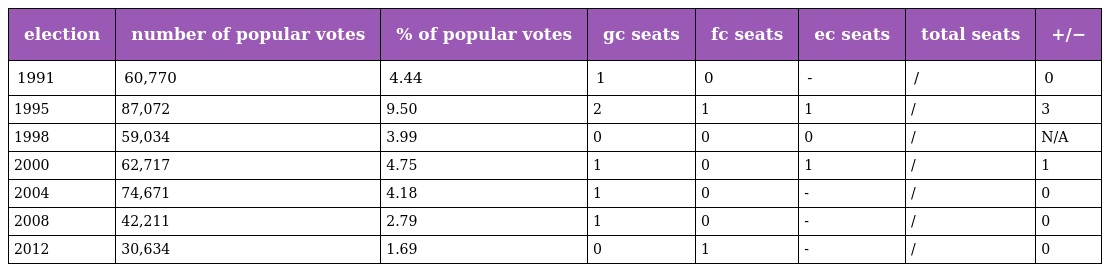
| election | number of popular votes | % of popular votes | gc seats | fc seats | ec seats | total seats | +/− |
 | --- | --- | --- | --- | --- | --- | --- | --- |
 | 1991 | 60,770 | 4.44 | 1 | 0 | - | / | 0 |
 | 1995 | 87,072 | 9.50 | 2 | 1 | 1 | / | 3 |
 | 1998 | 59,034 | 3.99 | 0 | 0 | 0 | / | N/A |
 | 2000 | 62,717 | 4.75 | 1 | 0 | 1 | / | 1 |
 | 2004 | 74,671 | 4.18 | 1 | 0 | - | / | 0 |
 | 2008 | 42,211 | 2.79 | 1 | 0 | - | / | 0 |
 | 2012 | 30,634 | 1.69 | 0 | 1 | - | / | 0 |